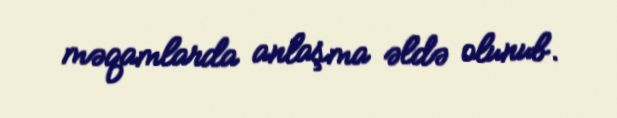
məqamlarda anlaşma əldə olunub.